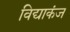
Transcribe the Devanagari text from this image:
विद्याकंज